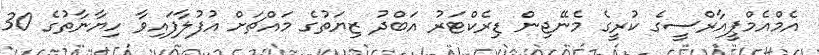
އެމްއެމްޕީއާރްސީގެ ކުރީގެ މެނޭޖިން ޑިރެކްޓަރު އަބްދު ޒިޔަތުގެ މައްޗަށް އުފުލާފައިވާ ހިޔާނާތުގެ 30